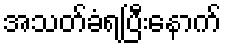
အသတ်ခံရပြီးနောက်